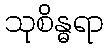
သုစိန္ဓရာ